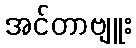
အင်တာဗျူး